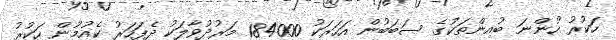
ހަކުރު ހުންނަ ބުއިންތަކުގެ ސަބަބުން އަހަރަކު 184000 މަރުދުވާލަކު ދެފަހަރު ކެއުމުން ހަކުރު